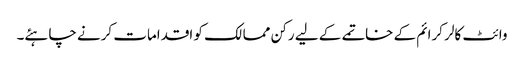
وائٹ کالر کرائم کے خاتمے کے لیے رکن ممالک کو اقدامات کرنے چاہئے۔